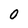
Character: 0